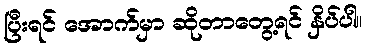
ပြီးရင် အောက်မှာ ဆိုတာတွေ့ရင် နှိပ်ပါ။